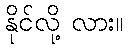
နိုင်လို့ လား။